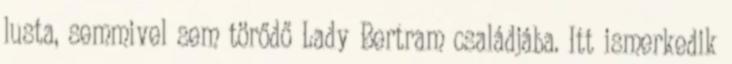
lusta, semmivel sem törődő Lady Bertram családjába. Itt ismerkedik